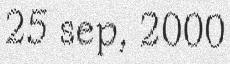
25 sep, 2000